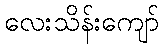
လေးသိန်းကျော်